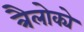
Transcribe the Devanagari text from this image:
त्रैलोक्ये